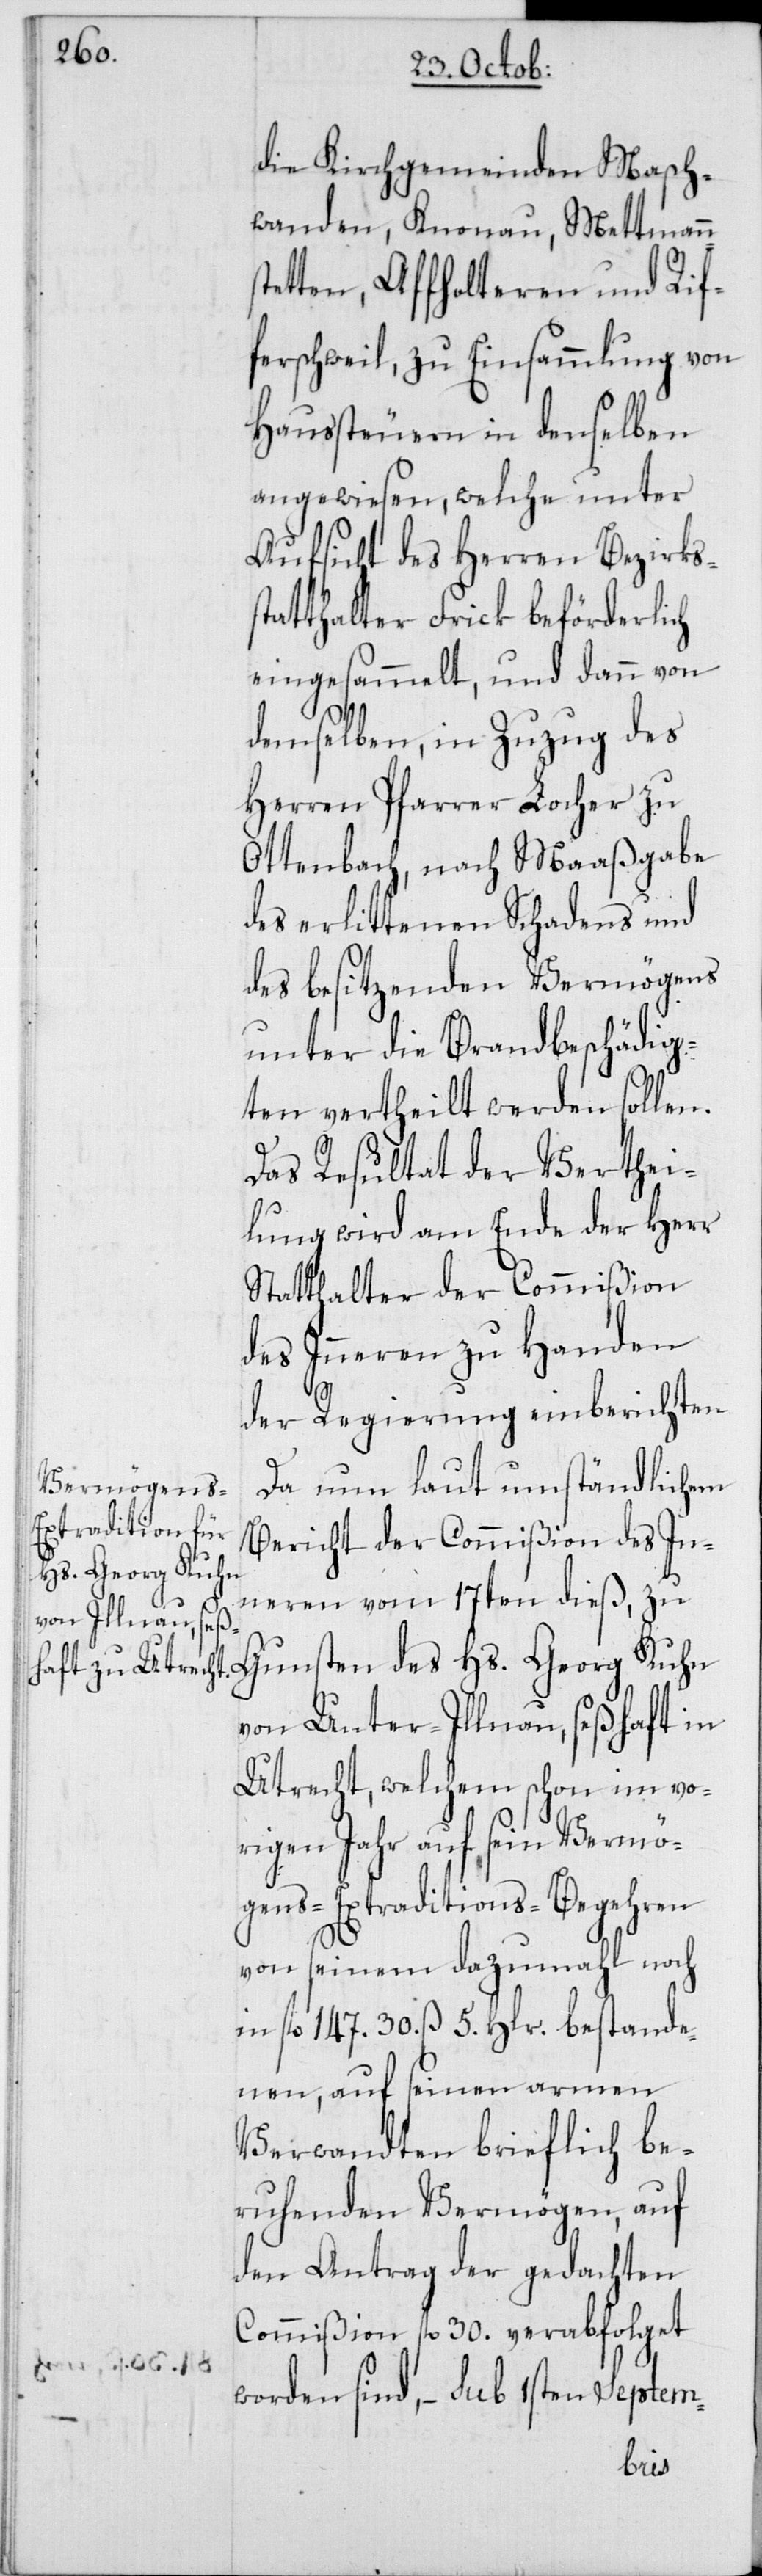
s¬

die Kirchgemeinde Masch¬
wanden, Knonau, Mettmann¬
tetten, Affholteren und Rif¬
ferschweil, zu Einsammlung von
Haussteuern in denselben
angewiesen, welche unter
Aufsicht des Herren Bezirks¬
statthalter Frick beförderlich
eingesammelt, und dann von
demselben, in Zuzug des
Herren Pfarrer Locher zu
Ottenbach, nach Maaßgabe
des erlittenen Schadens und
des besitzenden Vermögens
unter die Brandbeschädig¬
ten vertheilt werden sollen.
Das Resultat der Verthei¬
lung wird am Ende der Herr
Statthalter der Commißion
des Inneren zu Handen
der Regierung einberichten.
Da nun laut umständlichem
Bericht der Commißion des In¬
Hs. Georg Kuhn
neren vom 17ten dieß, zu
von Unter-Illnau, seßhaft in
Utrecht, welchem schon im vo¬
rigen Jahr auf sein Vermö¬
gens-Extraditions-Begehren
von seinem dazumahl noch
in fl. 147. 30. ß 5. Hlr. bestande¬
nen, auf seinen armen
Verwandten brieflich be¬
ruhenden Vermögen, auf
den Antrag der gedachten
Commißion fl. 30. verabfolget
Gunsten des
worden sind, – sub 1sten Septem-